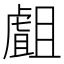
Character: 𧇣